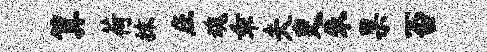
算荷抹庄魂乖夫吏朱果否